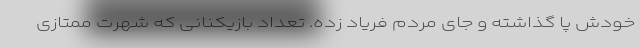
خودش پا گذاشته و جای مردم فریاد زده. تعداد بازیکنانی که شهرت ممتازی